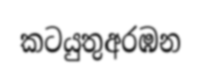
කටයුතුඅරඹන